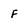
Character: F